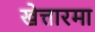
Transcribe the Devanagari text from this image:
खेत्तारमा